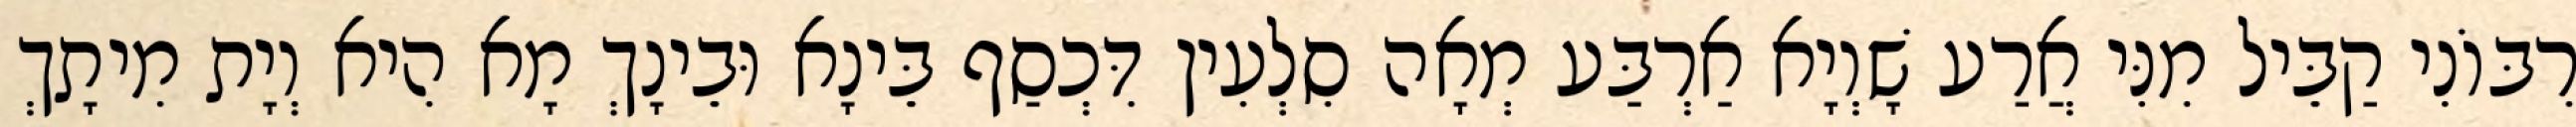
רִבּוֹנִי קַבֵּיל מִנִּי אֲרַע שָׁוְיָא אַרְבַּע מְאָה סִלְעִין דִּכְסַף בֵּינָא וּבֵינָךְ מָא הִיא וְיָת מִיתָךְ